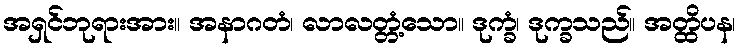
အရှင်ဘုရားအား။ အနာဂတံ၊ လာလတ္တံ့သော။ ဒုက္ခံ၊ ဒုက္ခသည်။ အတ္ထိပန၊